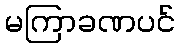
မကြာခဏပင်